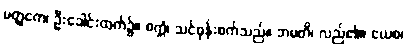
မတ္ထကေ၊ ဦးခေါင်းထက်၌။ စက္ကံ၊ သင်ဓုန်းစက်သည်။ ဘမတိ၊ လည်၏။ ယေစ၊